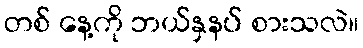
တစ် နေ့ကို ဘယ်နှနပ် စားသလဲ။